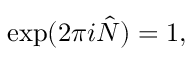
\exp ( 2 \pi i \hat { N } ) = 1 ,